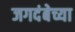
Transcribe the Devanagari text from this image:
जगदंबेच्या